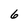
Character: 6